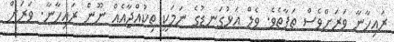
ރައިހާނާ ވަރަށްވެސް ތަފާތެވެ. ވެލް އަޅުގަނޑުގެ ނަމަކީ ތިކުއްޖާއެއް ނޫން ރައިހާނާ. ވަރަށް